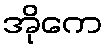
အိုကေ